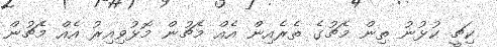
ކިޗީ ކުޅުނު ތިން މެޗުގެ ތެރެއިން އެއް މެޗުން މޮޅުވިއިރު އެއް މެޗުން